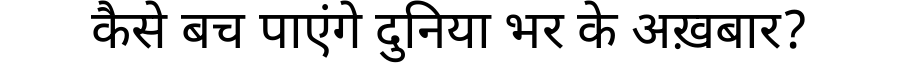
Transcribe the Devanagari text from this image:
कैसे बच पाएंगे दुनिया भर के अख़बार?